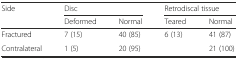
<table><thead><tr><td rowspan="2"><b>Side</b></td><td colspan="2"><b>Disc</b></td><td colspan="2"><b>Retrodiscal tissue</b></td></tr><tr><td><b>Deformed</b></td><td><b>Normal</b></td><td><b>Teared</b></td><td><b>Normal</b></td></tr></thead><tbody><tr><td>Fractured</td><td>7 (15)</td><td>40 (85)</td><td>6 (13)</td><td>41 (87)</td></tr><tr><td>Contralateral</td><td>1 (5)</td><td>20 (95)</td><td></td><td>21 (100)</td></tr></tbody></table>